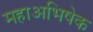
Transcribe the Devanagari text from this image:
महाअभिषेक